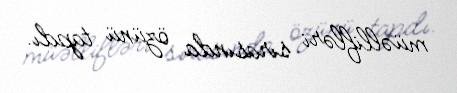
müəllifləri sırasında özünü tapdı.